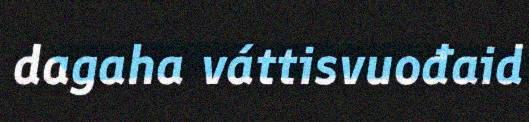
dagaha váttisvuođaid